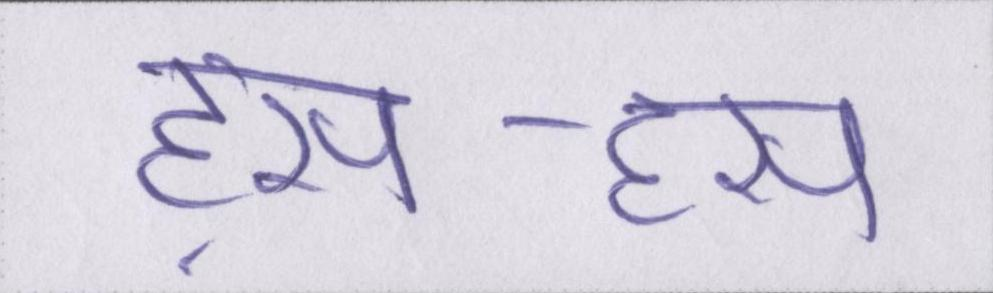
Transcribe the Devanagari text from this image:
हंसा-हंसा